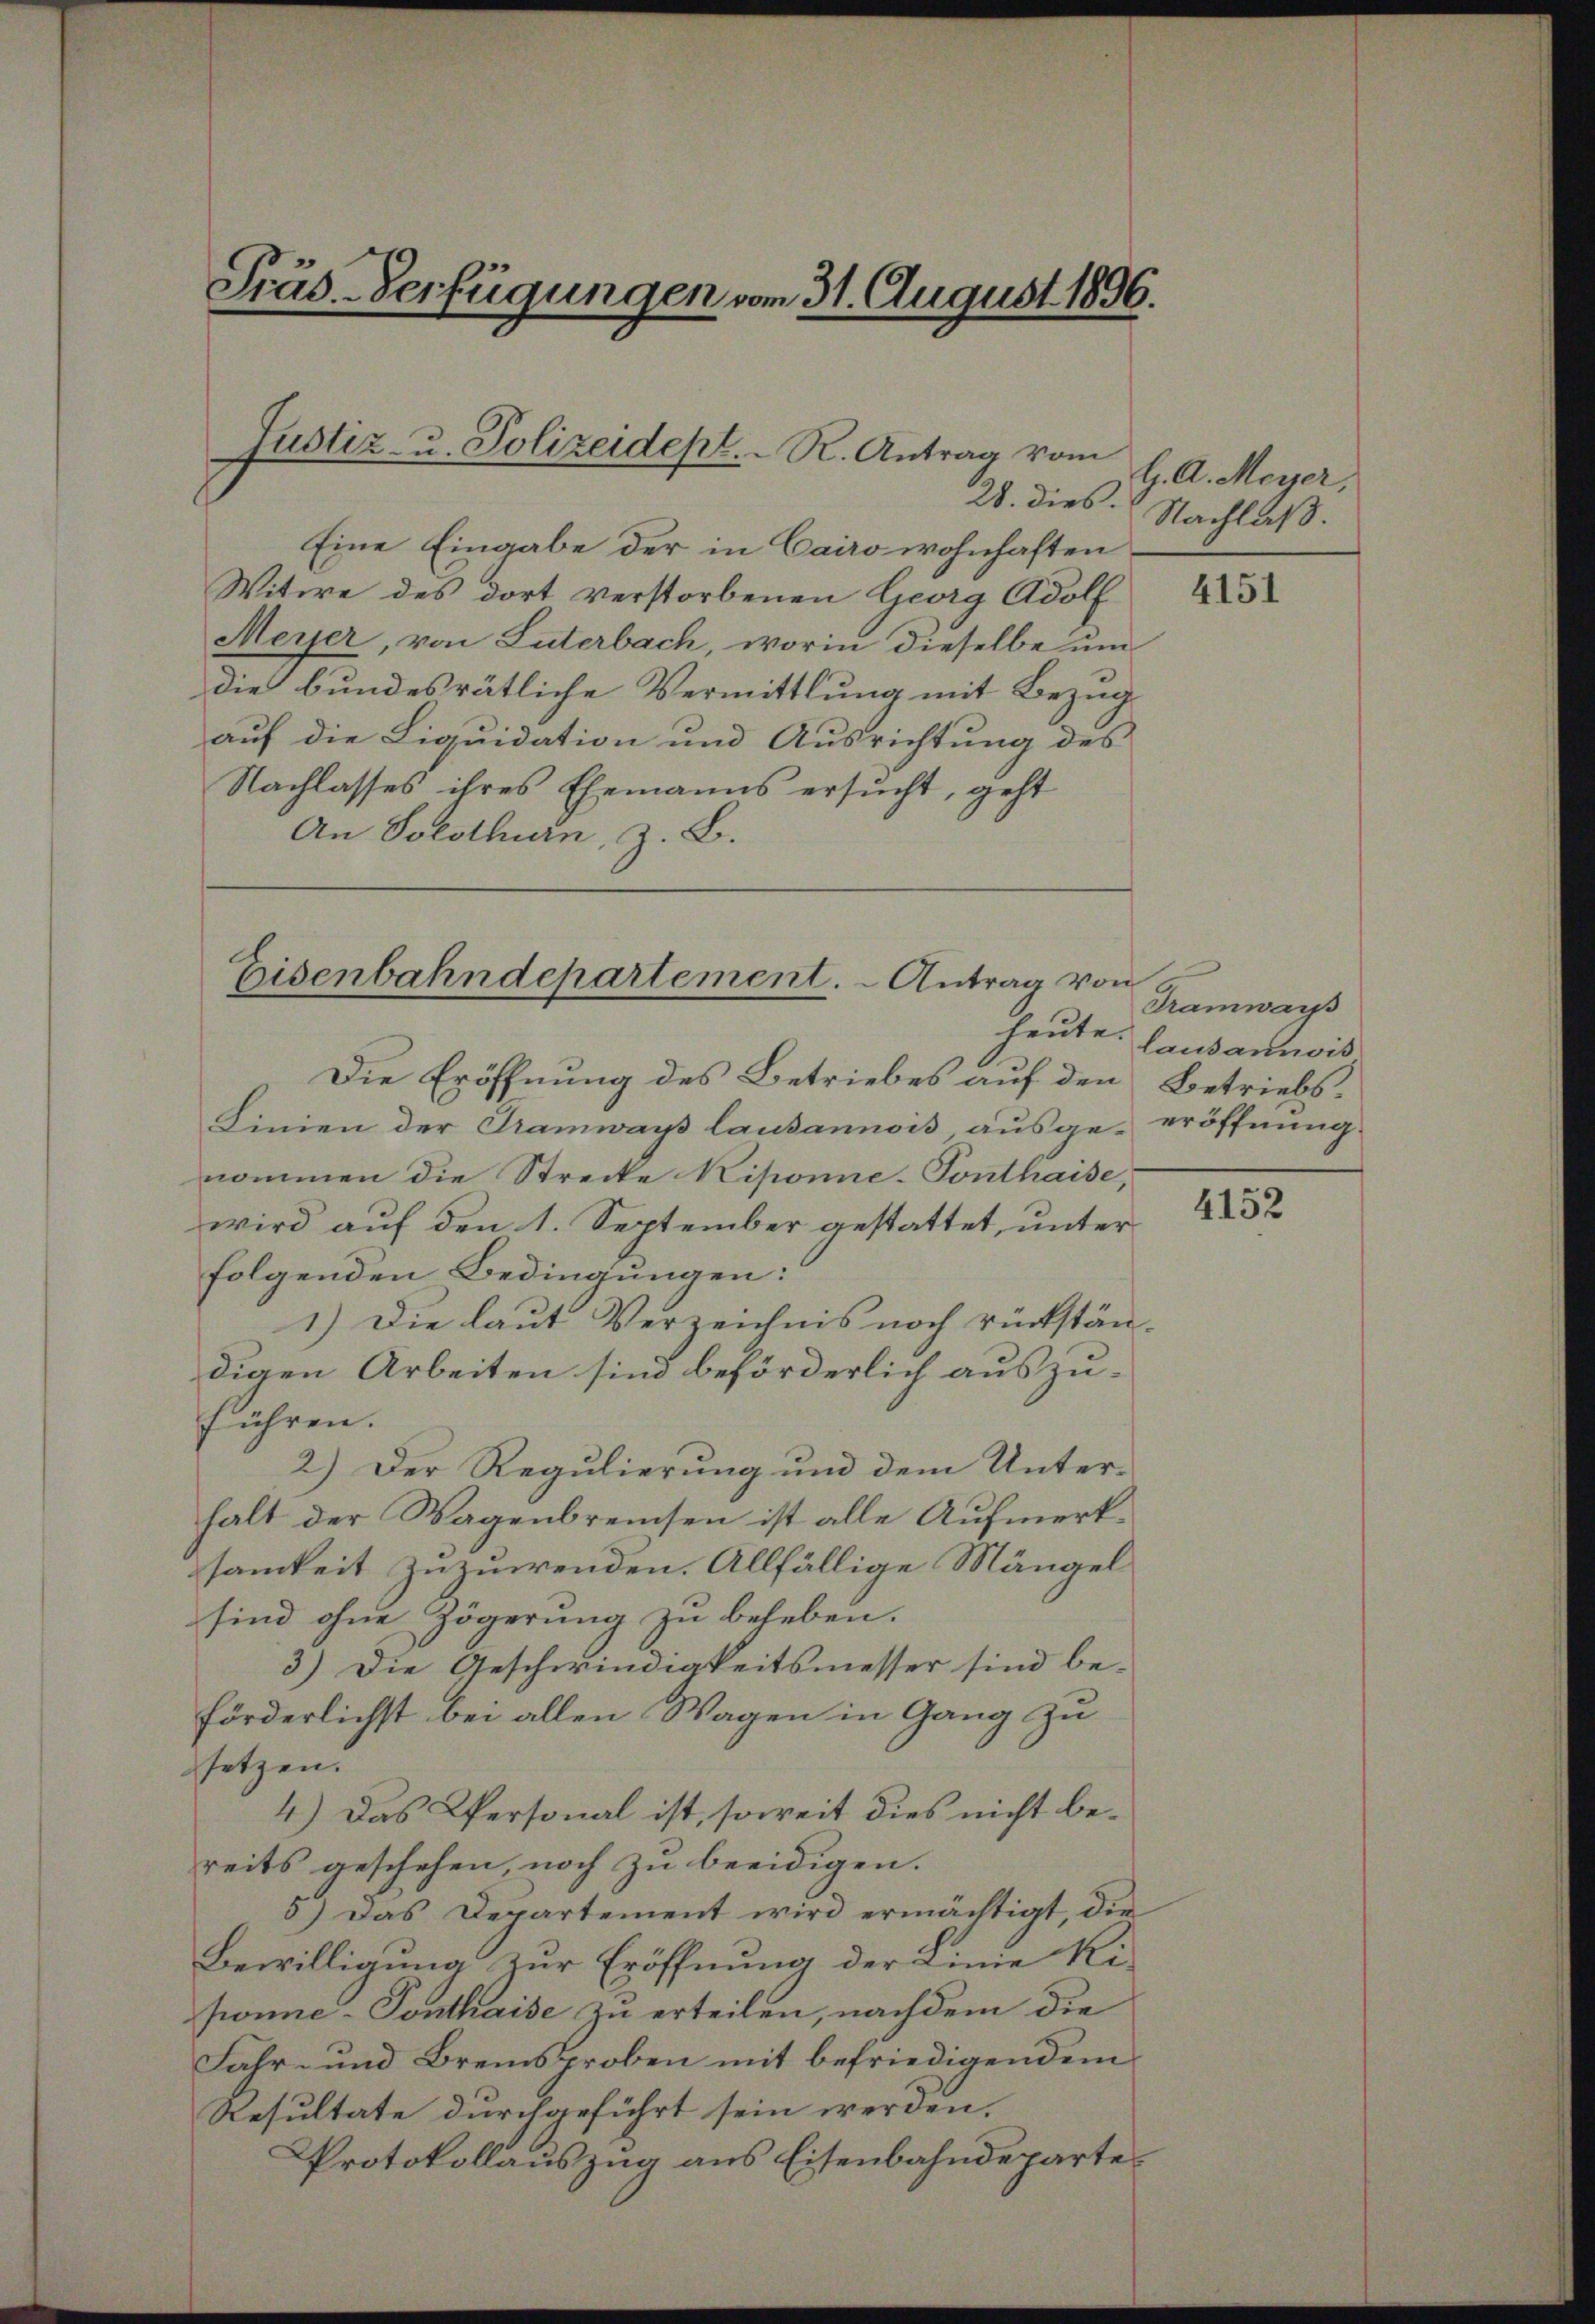
Präs. Verfügungen vom 31. August 1896.

Justiz- u. Polizeidept. R. Antrag vom

Eine Eingabe der in Cairo wohnhaften
Witwe des dort verstorbenen Georg Adolf
Meyer, von Luterbach, worin dieselbe um
die bundesrätliche Vermittlung mit Bezug
auf die Liquidation und Ausrichtung des
Nachlasses ihres Ehemanns ersucht, geht
An Solothurn, z. B.

Eisenbahndepartement. - Antrag von

H. A. Meyer,
28. dies. Nachlaß.

Die Eröffnung des Betriebes auf den Betriebs¬
Linien der Tramways lausannois, ausge-eröffnung.
nommen die Strecke Kiponne-Tonthaise,
wird auf den 1. September gestattet, unter
folgenden Bedingungen:
1.) Die laut Verzeichnis noch rückstän-
digen Arbeiten sind beförderlich auszuführen.
2.) Der Regulierung und dem Unterhalt der Wagenbreisen ist alle Aufmerksamkeit zuzuwenden. Allfällige Mängel
sind ohne Zögerung zu beheben.
3.) Die Geschwindigkeitsmesser sind be-
förderlichst bei allen Wagen in Gang zu
setzen.
4.) Das Personal ist, soweit dies nicht bereits geschehen, noch zu beeidigen.
5) Das Departement wird ermächtigt, die
Bewilligung zur Eröffnung der Linie Ri-
ponne-Tonthaise zu erteilen, nachdem die
Fahr- und Bremsproben mit befriedigendem
Resultate durchgeführt sein werden.
Protokollauszug aus Eisenbahndeparte¬

4151

Tramwar
heute. Lausannis

4152